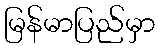
မြန်မာပြည်မှာ